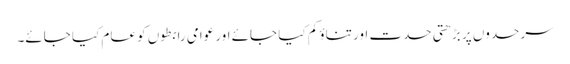
سرحدوں پر بڑھتی حدت اور تناؤ کم کیا جائے اور عوامی رابطوں کو عام کیا جائے۔